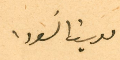
يوسف السَودا